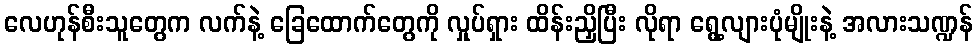
လေဟုန်စီးသူတွေက လက်နဲ့ ခြေထောက်တွေကို လှုပ်ရှား ထိန်းညှိပြီး လိုရာ ရွေ့လျားပုံမျိုးနဲ့ အလားသဏ္ဍန်